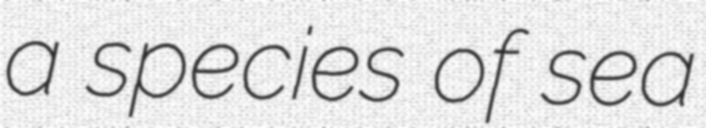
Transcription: a species of sea